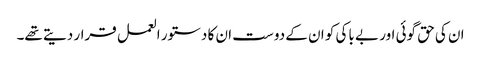
ان کی حق گوئی اور بے باکی کو ان کے دوست ان کا دستور العمل قرار دیتے تھے۔